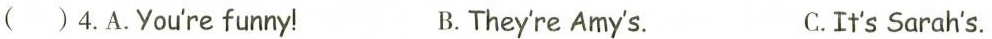
( )4.A.You're funny! B.They're Amy's. C.It's Sarah's.